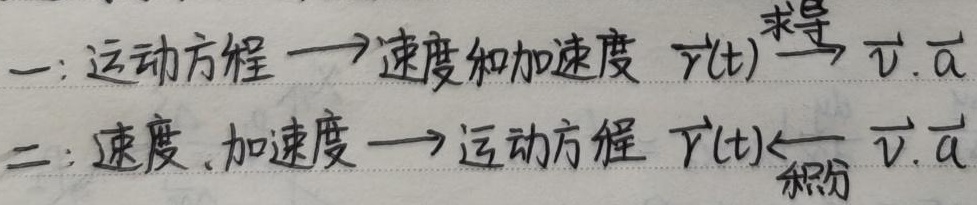
一：运动方程 $\longrightarrow$ 速度和加速度
$\vec{r}(t) \xrightarrow{求导} \vec{v},\vec{a}$

二：速度、加速度 $\longrightarrow$ 运动方程
$\vec{r}(t) \xleftarrow{积分} \vec{v},\vec{a}$